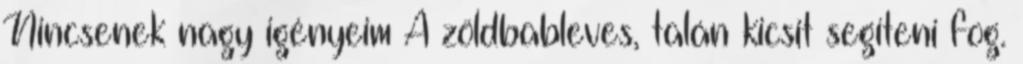
Nincsenek nagy igényeim A zöldbableves, talán kicsit segíteni fog.